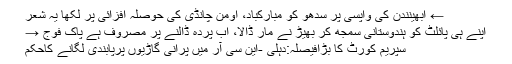
← ابھینندن کی واپسی پر سدھو کو مبارکباد، اومن چانڈی کی حوصلہ افزائی پر لکھا یہ شعر
اپنے ہی پائلٹ کو ہندوستانی سمجھ کر بھیڑ نے مار ڈالا، اب پردہ ڈالنے پر مصروف ہے پاک فوج →
سپریم کورٹ کا بڑافیصلہ:دہلی -این سی آر میں پرانی گاڑیوں پرپابندی لگانے کاحکم